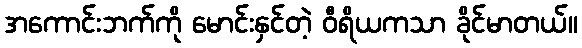
အကောင်းဘက်ကို မောင်းနှင်တဲ့ ဝီရိယကသာ ခိုင်မာတယ်။